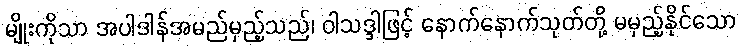
မျိုးကိုသာ အပါဒါန်အမည်မှည့်သည်၊ ဝါသဒ္ဒါဖြင့် နောက်နောက်သုတ်တို့ မမှည့်နိုင်သော